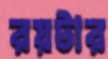
রয়টার